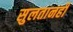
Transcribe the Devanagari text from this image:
सुलतानही